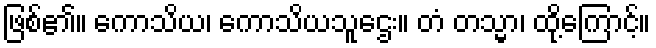
ဖြစ်၏။ ကောသိယ၊ ကောသိယသူဌေး။ တံ တသ္မာ၊ ထို့ကြောင့်။